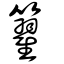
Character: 籊